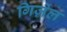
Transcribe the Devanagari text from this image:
गिज़ेल